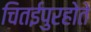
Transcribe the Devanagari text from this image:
चितईपुरहोते